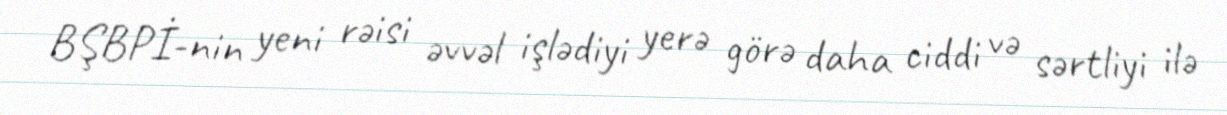
BŞBPİ-nin yeni rəisi əvvəl işlədiyi yerə görə daha ciddi və sərtliyi ilə